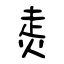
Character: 灻